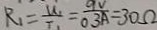
R _ { 1 } = \frac { U _ { 1 } } { T _ { 1 } } = \frac { 9 V } { 0 . 3 A } = 3 0 \Omega